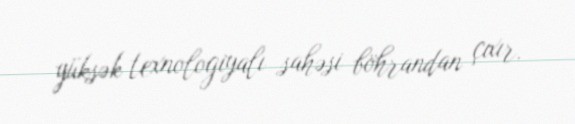
yüksək texnologiyalı sahəsi böhrandan çıxır.